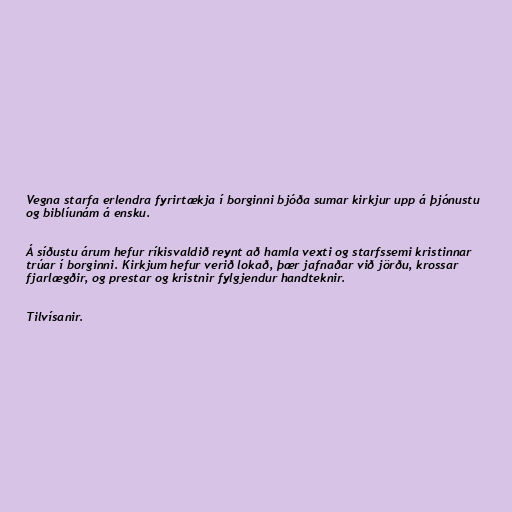
Vegna starfa erlendra fyrirtækja í borginni bjóða sumar kirkjur upp á þjónustu
og biblíunám á ensku.

Á síðustu árum hefur ríkisvaldið reynt að hamla vexti og starfssemi kristinnar
trúar í borginni. Kirkjum hefur verið lokað, þær jafnaðar við jörðu, krossar
fjarlægðir, og prestar og kristnir fylgjendur handteknir.

Tilvísanir.